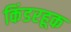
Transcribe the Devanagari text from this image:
किंडरहूक